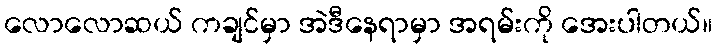
လောလောဆယ် ကချင်မှာ အဲဒီနေရာမှာ အရမ်းကို အေးပါတယ်။